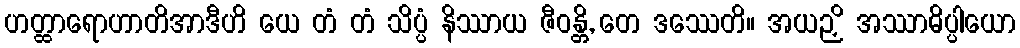
ဟတ္ထာရောဟာတိအာဒီဟိ ယေ တံ တံ သိပ္ပံ နိဿာယ ဇီဝန္တိ, တေ ဒဿေတိ။ အယဉှိ အဿာဓိပ္ပါယော